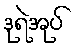
ဒုရဲအုပ်